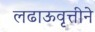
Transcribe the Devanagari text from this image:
लढाऊवृत्तीने